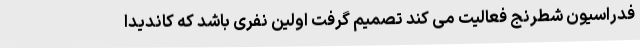
فدراسیون شطرنج فعالیت می کند تصمیم گرفت اولین نفری باشد که کاندیدا